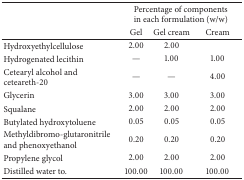
<table><thead><tr><td><b> </b></td><td colspan="3"><b>Percentage of components in each formulation (w/w)</b></td></tr><tr><td><b> </b></td><td><b>Gel</b></td><td><b>Gel cream</b></td><td><b>Cream</b></td></tr></thead><tbody><tr><td>Hydroxyethylcellulose</td><td>2.00</td><td>2.00</td><td> </td></tr><tr><td>Hydrogenated lecithin</td><td>—</td><td>1.00</td><td>1.00</td></tr><tr><td>Cetearyl alcohol and ceteareth-20</td><td>—</td><td>—</td><td>4.00</td></tr><tr><td>Glycerin</td><td>3.00</td><td>3.00</td><td>3.00</td></tr><tr><td>Squalane</td><td>2.00</td><td>2.00</td><td>2.00</td></tr><tr><td>Butylated hydroxytoluene</td><td>0.05</td><td>0.05</td><td>0.05</td></tr><tr><td>Methyldibromo-glutaronitrile and phenoxyethanol</td><td>0.20</td><td>0.20</td><td>0.20</td></tr><tr><td>Propylene glycol</td><td>2.00</td><td>2.00</td><td>2.00</td></tr><tr><td>Distilled water to.</td><td>100.00</td><td>100.00</td><td>100.00</td></tr></tbody></table>